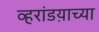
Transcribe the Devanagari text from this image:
व्हरांडय़ाच्या